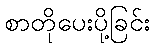
စာတိုပေးပို့ခြင်း